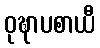
ဝုဍ္ဎာပစာယီ